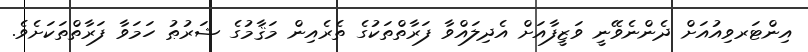
އިންޓަރވިއުއަށް ދެންނެވޭނީ ވަޒީފާއަށް އެދިލައްވާ ފަރާތްތަކުގެ ތެރެއިން މަޤާމުގެ ޝަރުޠު ހަމަވާ ފަރާތްތަކަށެވެ.